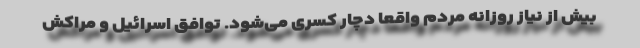
بیش از نیاز روزانه مردم واقعاً دچار کسری می‌شود. توافق اسرائیل و مراکش